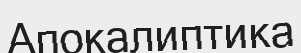
Апокалиптика